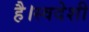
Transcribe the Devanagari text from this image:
है।स्वदेशी